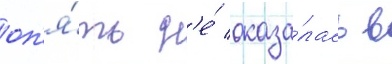
оп'я́ть н'е́ оказа́лась в